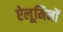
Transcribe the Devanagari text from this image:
ऐलूमिनों